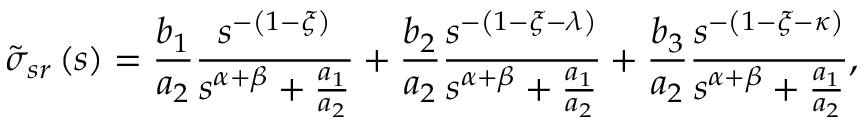
\tilde { \sigma } _ { s r } \left( s \right) = \frac { b _ { 1 } } { a _ { 2 } } \frac { s ^ { - \left( 1 - \xi \right) } } { s ^ { \alpha + \beta } + \frac { a _ { 1 } } { a _ { 2 } } } + \frac { b _ { 2 } } { a _ { 2 } } \frac { s ^ { - \left( 1 - \xi - \lambda \right) } } { s ^ { \alpha + \beta } + \frac { a _ { 1 } } { a _ { 2 } } } + \frac { b _ { 3 } } { a _ { 2 } } \frac { s ^ { - \left( 1 - \xi - \kappa \right) } } { s ^ { \alpha + \beta } + \frac { a _ { 1 } } { a _ { 2 } } } ,